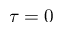
\tau = 0